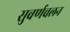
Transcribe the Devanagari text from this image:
सुवर्णचलन